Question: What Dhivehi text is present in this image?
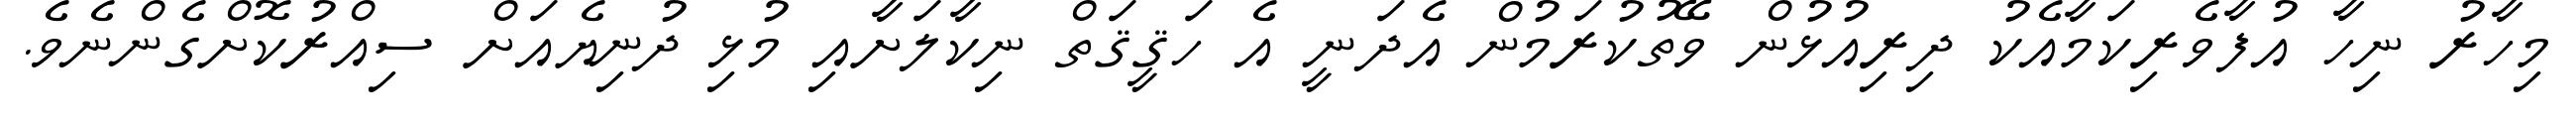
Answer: މިހާރު ނިހާ އުފާވެރިކަމާއެކު ދިރިއުޅުން ވޭތުކުރަމުން އެދަނީ އެ ހަޤީޤަތް ނިކާލަށާއި މުޅި ދުނިޔެއަށް ސިއްރުކޮށްގެންނެވެ.